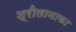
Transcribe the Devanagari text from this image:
श्रीलानाका